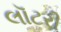
લૉટરી